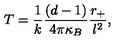
T = \frac { 1 } { k } \frac { ( d - 1 ) } { 4 \pi \kappa _ { B } } \frac { r _ { + } } { l ^ { 2 } } ,